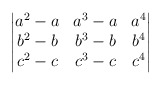
\begin{align*}\begin{vmatrix}a^2-a & a^3 -a & a^4\\b^2-b & b^3 -b & b^4\\c^2-c & c^3-c & c^4\end{vmatrix}\end{align*}